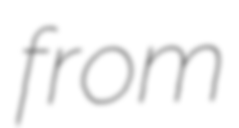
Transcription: from